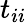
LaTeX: t_{ii}